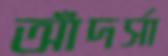
আঁদর্সা